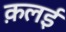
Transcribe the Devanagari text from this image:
क़लई